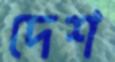
দেশ